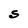
Character: S